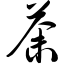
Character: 荼